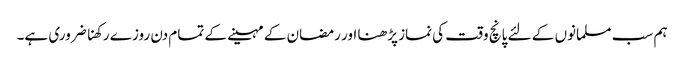
ہم سب مسلمانوں کے لئے پانچ وقت کی نماز پڑھنا اور رمضان کے مہینے کے تمام دن روزے رکھنا ضروری ہے۔